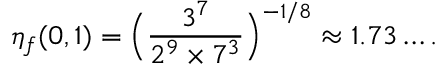
\eta _ { f } ( 0 , 1 ) = \Big ( \frac { 3 ^ { 7 } } { 2 ^ { 9 } \times 7 ^ { 3 } } \Big ) ^ { - 1 / 8 } \approx 1 . 7 3 \dots .